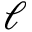
\ell